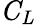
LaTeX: \displaystyle\mathit{C_{L}}